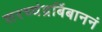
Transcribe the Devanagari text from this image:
शरच्चंद्रबिंबाननं